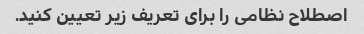
اصطلاح نظامی را برای تعریف زیر تعیین کنید.